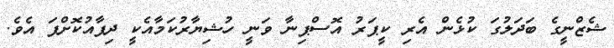
ޝެޒްނީގެ ބަދަލުގަ ކުޅެން އެރި ކީޕަރު އޮސްޕިނާ ވަނީ ހުޝިޔާރުކަމާއެކީ ދިފާއުކޮށްފަ އެވެ.